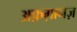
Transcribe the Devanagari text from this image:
अफ़ग़ानज़